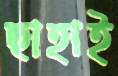
ছাহাই